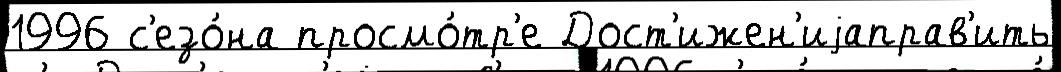
1996 с'езо́на просмо́тр'е Дост'ижен'иjаправ'ить